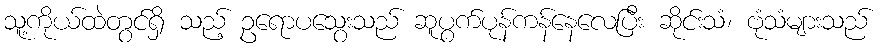
သူ့ကိုယ်ထဲတွင်ရှိ သည့် ဥရောပသွေးသည် ဆူပွက်ပုန်ကန်နေလေပြီး ဆိုင်းသံ၊ ဗုံသံများသည်